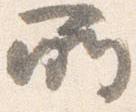
所